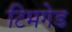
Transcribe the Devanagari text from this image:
टिमगेड